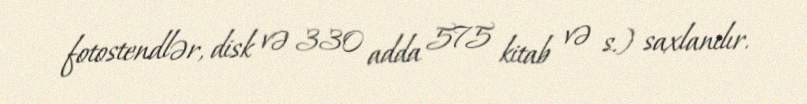
fotostendlər, disk və 330 adda 575 kitab və s.) saxlanılır.